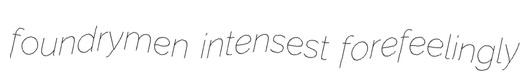
foundrymen intensest forefeelingly